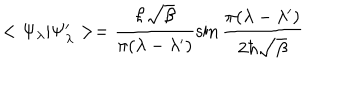
< \Psi _ { \lambda } \vert \Psi _ { \lambda } ^ { \prime } > = \frac { \hbar \sqrt { \beta } } { \pi ( \lambda - \lambda ^ { \prime } ) } \sin { \frac { \pi ( \lambda - \lambda ^ { \prime } ) } { 2 \hbar \sqrt { \beta } } }